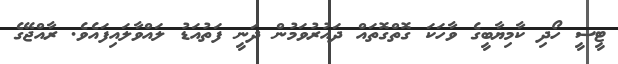
ޓީސީ ހޯދި ކާމިޔާބީގެ ވާހަކަ ގޮތްގޮތައް ދައުރުވަމުން ދަނީ ފަތުއަޑު ލައްވާލައިފައެވެ. ރާއްޖޭގެ